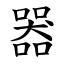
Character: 器